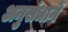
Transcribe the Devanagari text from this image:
अनुसंधानें